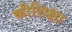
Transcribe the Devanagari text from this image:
कीशिक्षा